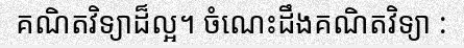
គណិតវិទ្យាដ៏ល្អ។ ចំណេះដឹងគណិតវិទ្យា :